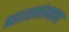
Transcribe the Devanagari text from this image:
भारतमंत्र्याचा